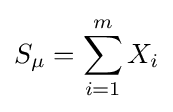
S_{\mu }=\sum _{i=1}^{m}X_{i}